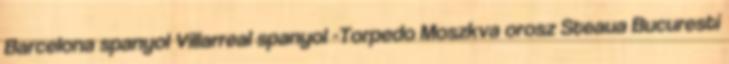
Barcelona spanyol Villarreal spanyol -Torpedo Moszkva orosz Steaua Bucuresti